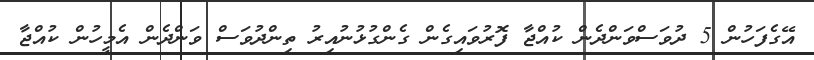
އޭގެފަހުން 5 ދުވަސްވަންދެން ކުއްޖާ ފޮރުވައިގެން ގެންގުޅުނުއިރު ތިންދުވަސް ވަންދެން އެމީހުން ކުއްޖާ